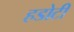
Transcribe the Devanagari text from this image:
हडोटी